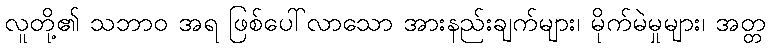
လူတို့၏ သဘာဝ အရ ဖြစ်ပေါ်လာသော အားနည်းချက်များ၊ မိုက်မဲမှုများ၊ အတ္တ